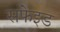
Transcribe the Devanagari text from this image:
सफेइड